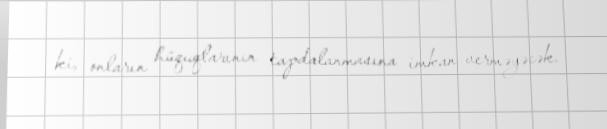
ki, onların hüquqlarının tapdalanmasına imkan verməyəcək.